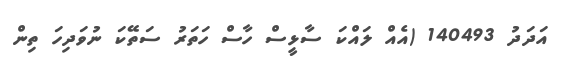
އަދަދު 140493 (އެއް ލައްކަ ސާޅީސް ހާސް ހަތަރު ސަތޭކަ ނުވަދިހަ ތިން